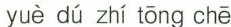
yuè dú zhí tōng chē